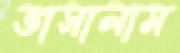
ভাসালাম